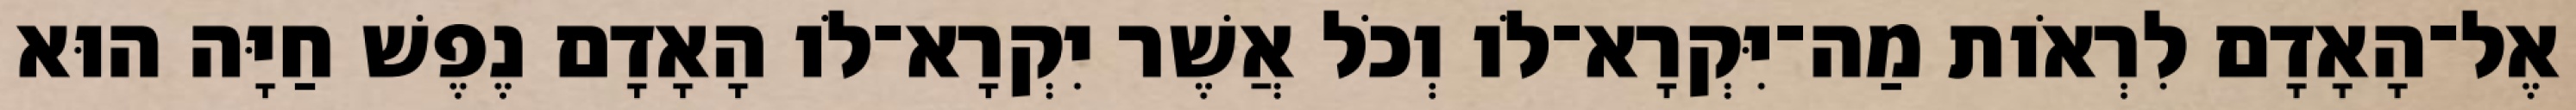
אֶל־הָאָדָם לִרְאֹות מַה־יִּקְרָא־לֹו וְכֹל אֲשֶׁר יִקְרָא־לֹו הָאָדָם נֶפֶשׁ חַיָּה הוּא